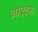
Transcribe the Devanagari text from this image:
आएटना